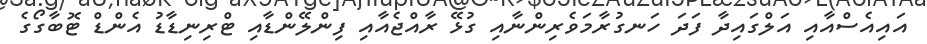
އައިއެސްއާއި އަލްގައިދާ ފަދަ ހަނގުރާމަވެރިންނާއި ގުޅޭ ރާއްޖެއާއި ފިންލޭންޑާއި ޓްރިނިޑާޑު އެންޑް ޓޮބާގޯގެ